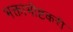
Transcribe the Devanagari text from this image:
भक्ताभीष्टकरी